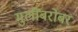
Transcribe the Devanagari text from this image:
मुलींबरोबर